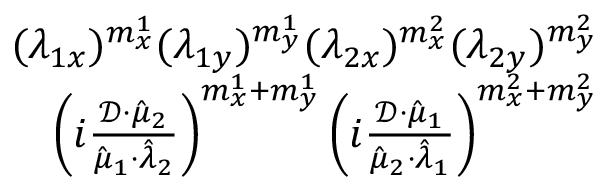
\begin{array} { r } { ( \lambda _ { 1 x } ) ^ { m _ { x } ^ { 1 } } ( \lambda _ { 1 y } ) ^ { m _ { y } ^ { 1 } } ( \lambda _ { 2 x } ) ^ { m _ { x } ^ { 2 } } ( \lambda _ { 2 y } ) ^ { m _ { y } ^ { 2 } } } \\ { \left( i \frac { \mathcal { D } \cdot \hat { \mu } _ { 2 } } { \hat { \mu } _ { 1 } \cdot \hat { \lambda } _ { 2 } } \right) ^ { m _ { x } ^ { 1 } + m _ { y } ^ { 1 } } \left( i \frac { \mathcal { D } \cdot \hat { \mu } _ { 1 } } { \hat { \mu } _ { 2 } \cdot \hat { \lambda } _ { 1 } } \right) ^ { m _ { x } ^ { 2 } + m _ { y } ^ { 2 } } } \end{array}